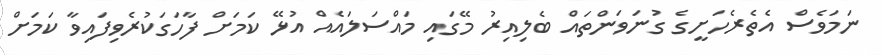
ނަމަވެސް އެެތެރެހަށީގެ ގުނަވަންތައް ބެލިއިރު މޭގައި މައްސަލައެއް އުޅޭ ކަމަށް ފާހަގަކުރެވިފައިވާ ކަމަށް